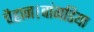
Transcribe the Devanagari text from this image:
चैहान।बांगडिया